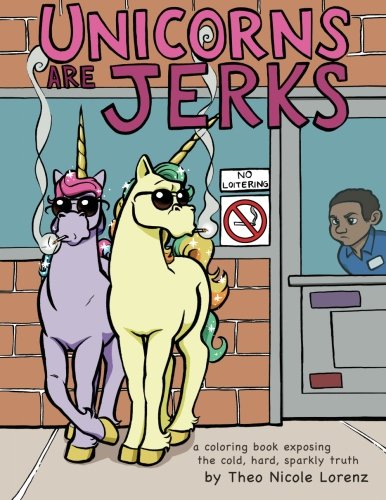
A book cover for Unicorns Are Jerks: a coloring book exposing the cold, hard, sparkly truth; Theo Nicole Lorenz; Science Fiction & Fantasy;